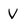
Character: V